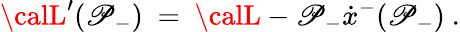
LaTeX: {\calL}^{\prime}(\mathscr{P}_{-})\ =\ {\calL}-\mathscr{P}_{-}\dot{{x}}^{-}(\mathscr{P}_{-})\ .